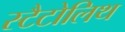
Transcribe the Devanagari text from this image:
स्टैटोलिथ